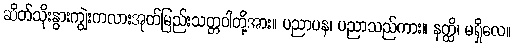
ဆိတ်သိုးနွားကျွဲးကလားအုတ်မြည်းသတ္တဝါတို့အား။ ပညာပန၊ ပညာသည်ကား။ နတ္ထိ၊ မရှိလေ။